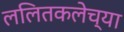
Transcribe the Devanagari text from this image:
ललितकलेच्या